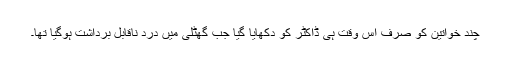
چند خواتین کو صرف اس وقت ہی ڈاکٹر کو دکھایا گیا جب گھٹلی میں درد ناقابلِ برداشت ہوگیا تھا۔